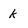
Character: k